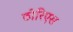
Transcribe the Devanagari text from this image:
ठोरिएस